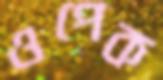
ওপেক